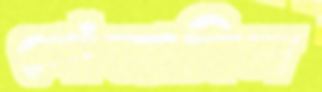
গোঁজামিল